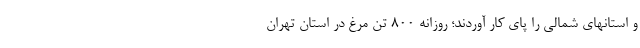
و استانهای شمالی را پای کار آوردند؛ روزانه ۸۰۰ تن مرغ در استان تهران